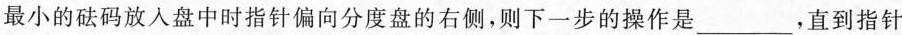
最小的砝码放入盘中时指针偏向分度盘的右侧，则下一步的操作是___，直到指针